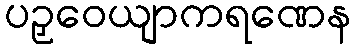
ပဉှဝေယျာကရဏေန